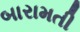
બારામતી